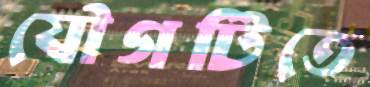
যৌগটিতে